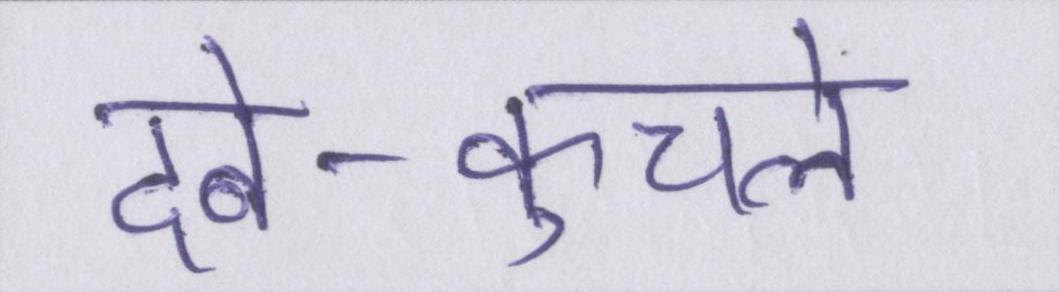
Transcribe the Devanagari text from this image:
दबे-कुचले